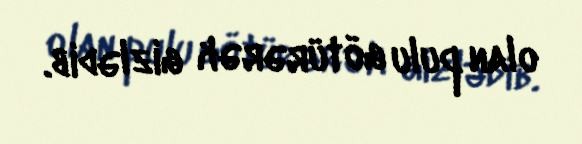
olan pulu götürərək gizlədib.